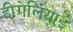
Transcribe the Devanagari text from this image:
हीगेलियाई